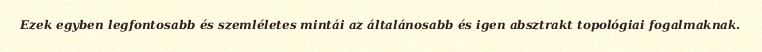
Ezek egyben legfontosabb és szemléletes mintái az általánosabb és igen absztrakt topológiai fogalmaknak.